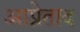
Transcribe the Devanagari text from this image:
आप्रेताद